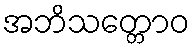
အဘိသတ္တောဝ